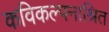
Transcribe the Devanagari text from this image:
कविकल्पनाश्रित